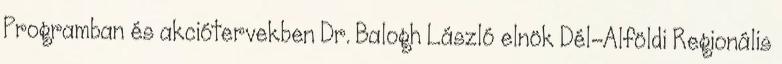
Programban és akciótervekben Dr. Balogh László elnök Dél-Alföldi Regionális